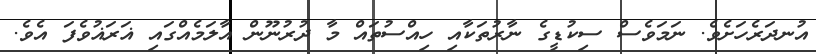
އުނދަރެހަށެވެ. ނަމަވެސް ސިކުޑީގެ ނާރުތަކާއި ހިއްސުތައް މާ ދުރުނޫން އާލަމެއްގައި ޣަރަޣުވެފަ އެވެ.